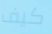
كيف